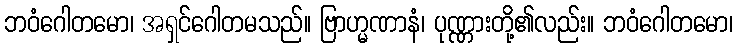
ဘဝံဂေါတမော၊ အရှင်ဂေါတမသည်။ ဗြာဟ္မဏာနံ၊ ပုဏ္ဏားတို့၏လည်း။ ဘဝံဂေါတမော၊